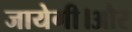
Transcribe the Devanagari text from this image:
जायेगी।और